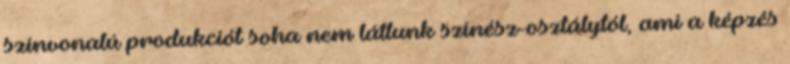
színvonalú produkciót soha nem láttunk színész-osztálytól, ami a képzés